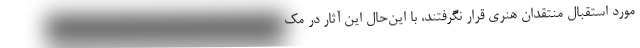
مورد استقبال منتقدان هنری قرار نگرفتند، با این‌حال این آثار در مک